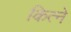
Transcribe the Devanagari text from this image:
कित्ने